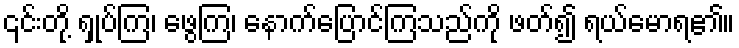
၎င်းတို့ ရှုပ်ကြ၊ ဖွေကြ၊ နောက်ပြောင်ကြသည်ကို ဖတ်၍ ရယ်မောရ၏။